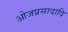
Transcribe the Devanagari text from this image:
ओजप्रसादादि